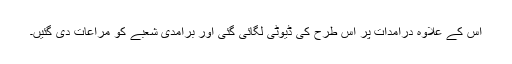
اس کے علاوہ درآمدات پر اس طرح کی ڈیوٹی لگائی گئی اور برآمدی شعبے کو مراعات دی گئیں۔